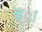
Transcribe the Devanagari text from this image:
क्ा